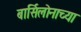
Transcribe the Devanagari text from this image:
बार्सिलोनाच्या